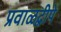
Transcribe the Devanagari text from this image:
प्रवाळद्वीपे